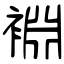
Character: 裫